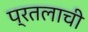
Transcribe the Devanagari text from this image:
प्रतलाची